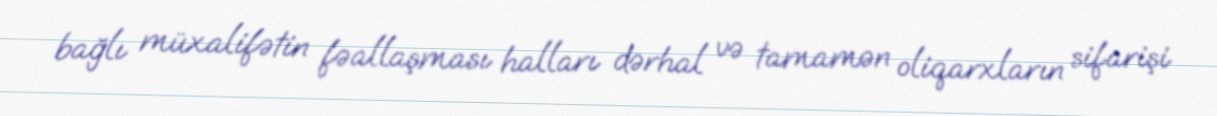
bağlı müxalifətin fəallaşması halları dərhal və tamamən oliqarxların sifarişi